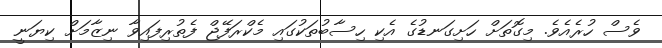
ވެސް ހުރެއެވެ. މިގޮތަށް ހަށިގަނޑުގެ އެކި ހިސާބުތަކުގައި މެކްރަފޭޖް ފެތުރިފައިވާ ނިޒާމަށް ކިޔަނީ